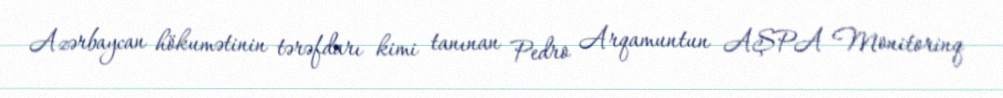
Azərbaycan hökumətinin tərəfdarı kimi tanınan Pedro Arqamuntun AŞPA Monitorinq